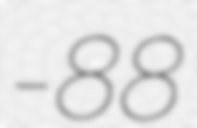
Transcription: کے-88